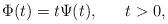
LaTeX: \begin{align*}\Phi (t)=t\Psi (t),\ \ \ \ \ t>0, \end{align*}